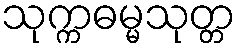
သုက္ကဓမ္မသုတ္တ